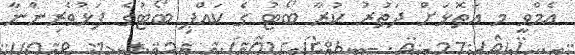
އެމްވީ މ އަތޮޅަށް ދަތުރު ކުރާ ބޯޓު ގެ ކައްޕި ބޯޓުގެ ފަޅުވެރިންނާ